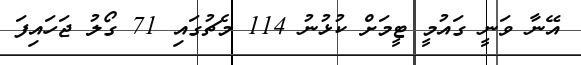
އޭނާ ވަނީ ގައުމީ ޓީމަށް ކުޅުނު 114 މެޗުގައި 71 ގޯލު ޖަހައިފަ